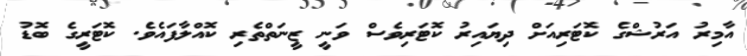
އާމިރު އަރުޝްގެ ކޮޓަރިއަށް ދިޔައިރު ކޮޓަރިވެސް ވަނީ ޒީނަތްތެރި ކޮއްލާފައެވެ. ކޮޓަރީގެ ބޮޑު